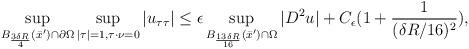
LaTeX: \begin{align*}\sup\limits_{B_{\frac{3\delta R}{4}}(\bar x^\prime)\cap \partial\Omega}\sup\limits_{|\tau|=1,\tau\cdot \nu=0} |u_{\tau\tau}| \le \epsilon \sup\limits_{B_{\frac{13\delta R}{16}}(\bar x^\prime)\cap\Omega} |D^2u| + C_\epsilon (1+ \frac{1}{(\delta R/16)^2}),\end{align*}